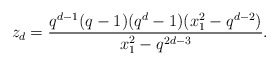
\begin{align*} z_d = \frac{ q^{d-1} (q-1) (q^d-1) (x_1^2 - q^{d-2})} {x_1^2 - q^{2d-3}}.\end{align*}